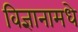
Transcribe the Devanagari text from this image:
विज्ञानामधे